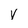
Character: V